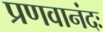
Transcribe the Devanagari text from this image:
प्रणवानंदः